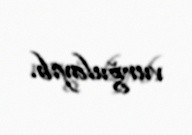
vurğulayıb.